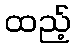
ထည့်